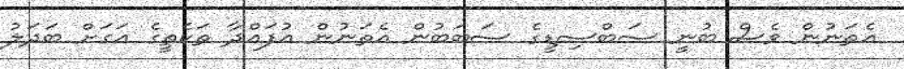
އެތަނުން ވެސް ބުނީ ސަބްސިޑީގެ ސަބަބުން އެތަނުން އުފައްދާ ތަކެތީގެ އަގަށް ބަދަލު